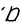
Character: D